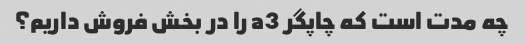
چه مدت است که چاپگر a3 را در بخش فروش داریم؟